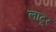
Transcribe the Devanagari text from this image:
लाटूर